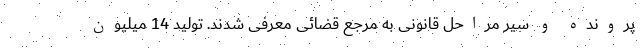
پرونده و سیر مراحل قانونی به مرجع قضائی معرفی شدند. تولید 14 میلیون